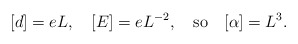
\begin{align*}[d]=eL,\quad [E]=eL^{-2}, \quad \mbox{so}\quad [\alpha]=L^3.\end{align*}